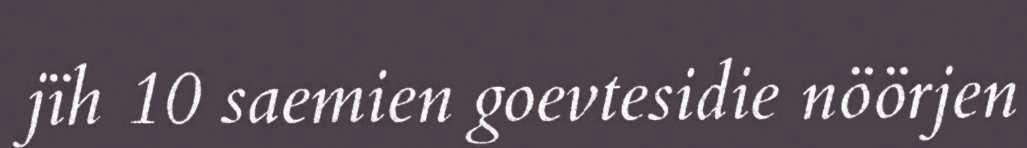
jïh 10 saemien goevtesidie nöörjen